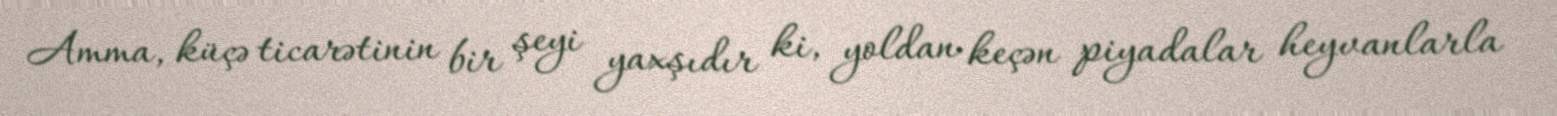
Amma, küçə ticarətinin bir şeyi yaxşıdır ki, yoldan keçən piyadalar heyvanlarla